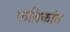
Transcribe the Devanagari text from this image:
फब्रिकांत